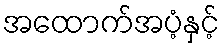
အထောက်အပံ့နှင့်